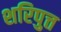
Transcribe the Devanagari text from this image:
शरिपुत्त